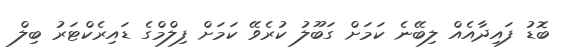
ބޮޑު ފައިދާއެއް ލިބޭނެ ކަމަށް ގަބޫލު ކުރެވޭ ކަމަށް ފިލްމްގެ ޑައިރެކްޓަރު ބިލް